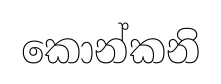
කොන්කනි